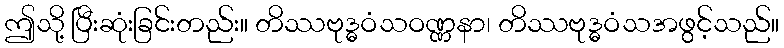
ဤသို့ ပြီးဆုံးခြင်းတည်း။ တိဿဗုဒ္ဓဝံသဝဏ္ဏနာ၊ တိဿဗုဒ္ဓဝံသအဖွင့်သည်။